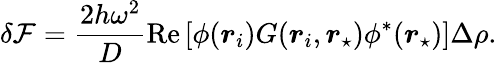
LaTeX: \delta\mathcal{F}=\frac{2h\omega^{2}}{D}\mathrm{Re}\left[\phi(\boldsymbol{r}_{i})G(\boldsymbol{r}_{i},\boldsymbol{r}_{\star})\phi^{*}(\boldsymbol{r}_{\star})\right]\Delta\rho.